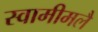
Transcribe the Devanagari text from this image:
स्वामीमलै